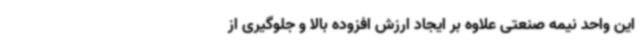
این واحد نیمه صنعتی علاوه بر ایجاد ارزش افزوده‌ بالا و جلوگیری از